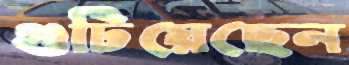
গুটিয়েছেন